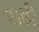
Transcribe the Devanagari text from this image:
राढ़ी